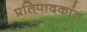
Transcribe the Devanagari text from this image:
प्रतिपादकांत